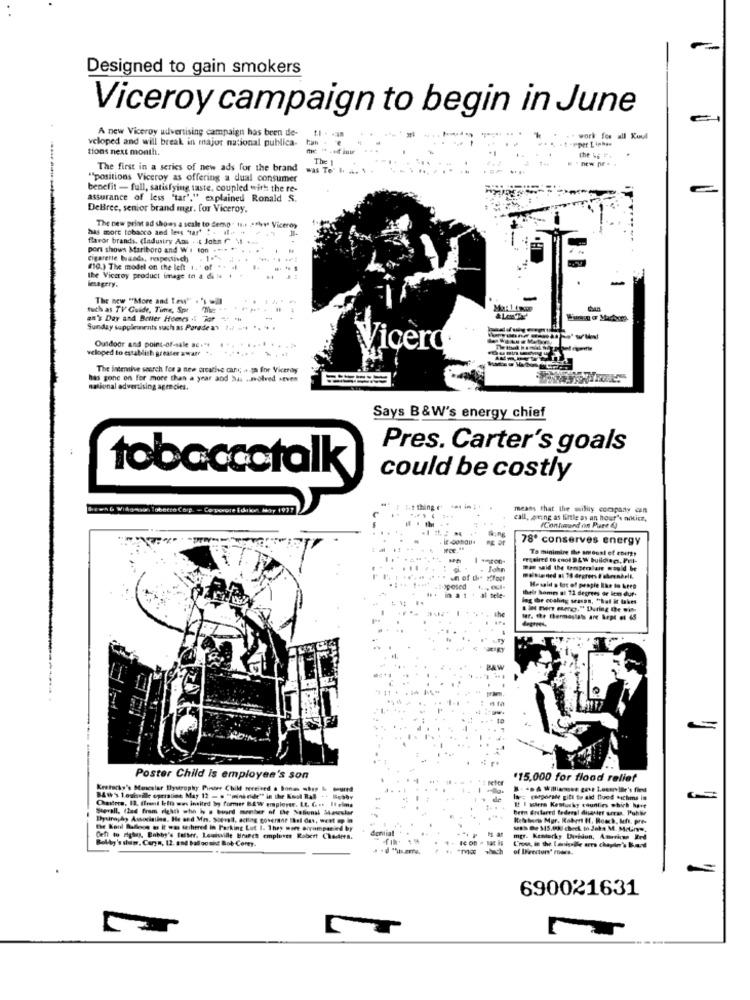
Designed to gain smokers
Viceroy campaign to begin in June
A new Viceroy udvertising campaign has been de-
veloped and will break in major national publica-
* work for all Kuul
tions next month.
.
The
the bg F.
The first in a series of new ads for the brand
was To' . ..
""positions Viceroy as offering a dual consumer
benefit - full, satisfying taste, coupled with the re-
assurance of less "tar"." explained Ronald S.
DeBree, senior brand mgr. for Viceroy.
has more tobacco and less "tart : . il++
The new print ad shows a scale to Semp . It >they Viceroy
flavor brands. (Industry Ans . .. John r $1 ...
port shows Mariboro and W : ton .. . . .
Cigarette braads, respectivchy . 1 % . ..
(10.) The model on the left 1. of .. 4
imagery.
the Viceroy product image to a di # 1
The new "More and tew"' . 's .l
tuich as TV Guide, Time, Spr
an's Day and Better Homes if Jor "- "#
Sunday supplements nach as Porede as 7.7 -4 ", "
Outdoor and point-of-sale ac .**
.....
veloped to establish greater aware
Vicero
The intennive search for a new creative cani; ++ Ja for Viceroy
has gone on for more than a year and has .. molved seven
national advertising agencies.
Says B &W's energy chief
Pres. Carter's goals
tobaccotalk
could be costly
been& Widgena, Tobetro Carp. - Core
thing
means that the mily company can
call, aring as little as an hout's noklicz,
(Conlosund on Pure d)
78º conserves energy
To minimize the amount of energy
un of the rifogt
klanied ai 16 degrees & ohrenarlk.
posed
in a 1 + al tele
their homes at 72 degrees or lem dur-
Hosaid a lot of people lhe to keep
leg the coaling season, "hat it takes
the
Poster Child is employee's son
$15,000 for flood relief
Kretacky's Mancslar Dystrophy Pinder Chill received a Bone shop & ud
BAw's Louisville operation May 12 - . "mini ride"" in the Kool Ral . . Bobby
Chutres, 12. frent lelo wes invited by formier BAW employee. L. G .t Il elma
eagora gift to aid food *ichms in
bem Erlared federal dicasier arras. Puhbe
15 I sdiera Kentucky counties which here
Bysinagh, Association. He and Mis. Soprall, acting governor that das, went up in
the Konl Balloon os It was terhered in Parking Lot I. They were accompanied by
demial
MED2345.08) check.to Jako M. Matin,
Bobby's shuis, Caryn, 12. and balloonist Bob Corey.
mgr. Kenterky Darbion, American Erd
of Deectors' rooms.
L'rose, in the Ioniile ares chapin's Band
690021631